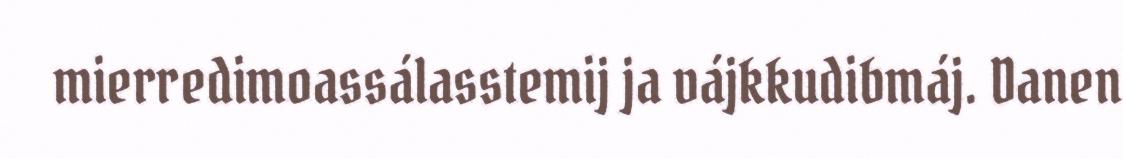
mierredimoassálasstemij ja vájkkudibmáj. Danen